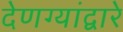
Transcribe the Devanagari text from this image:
देणग्यांद्वारे